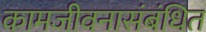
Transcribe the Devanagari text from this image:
कामजीवनासंबंधित